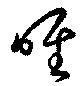
唯